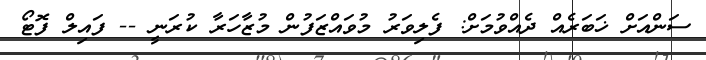
ސަންއަށް ޚަބަރެއް ދެއްވުމަށް: ފެލިވަރު މުވައްޒަފުން މުޒާހަރާ ކުރަނީ -- ފައިލް ފޮޓޯ